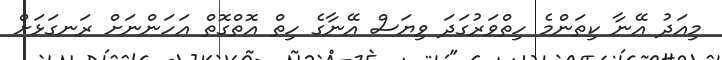
މިއަދު އޭނާ ކިތަންމެ ހިތްވަރުގަދަ ވިޔަސް އޭނާގެ ހިތް އޮތްގޮތް އަހަންނަށް ރަނގަޅަށް